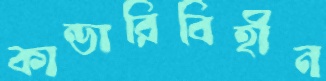
কান্ডারিবিহীন